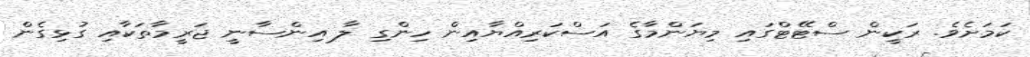
ކަމަށެވެ. ރަކީން ސްޓޭޓްގައި މިޔަންމާގެ އަސްކަރިއްޔާއިން ހިންގި ލާ އިންސާނީ ޖަރީމާތަކާއި ގުޅިގެން